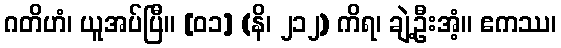
ဂတိဟံ၊ ယူအပ်ပြီ။ [၀၁] (နိ၊ ၂၁၂) ကိရ၊ ချဲ့ဦးအံ့။ ဧကဿ၊